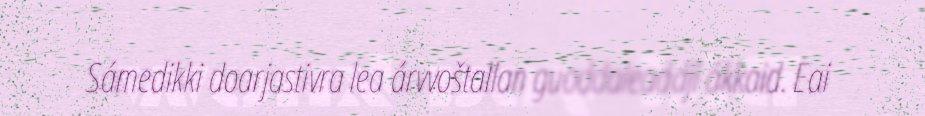
Sámedikki doarjastivra lea árvvoštallan guoddaleaddji ákkaid. Eai